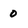
Character: 0